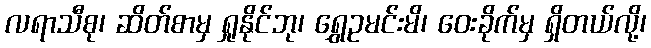
လရာသီစု၊ ဆိတ်စာမှ ရှုနိုင်ဘု၊ ရွှေဥမင်းမိ၊ ဝေးခိုက်မှ ရှိတယ်လို့၊